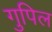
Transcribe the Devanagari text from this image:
गुपिल